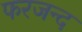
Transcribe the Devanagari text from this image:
फरजन्द